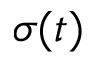
\sigma ( t )